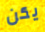
يكن